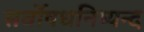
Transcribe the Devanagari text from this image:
सर्वोषधनिष्यन्द